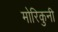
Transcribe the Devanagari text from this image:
मोरिकुनी